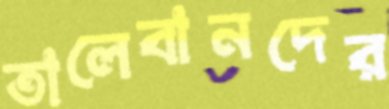
তালেবানদের